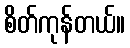
စိတ်ကုန်တယ်။